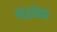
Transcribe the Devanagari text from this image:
नऊवेळा